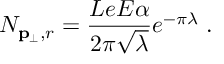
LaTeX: N _ { { \bf p } _ { \perp } , r } = \frac { L e E \alpha } { 2 \pi \sqrt { \lambda } } e ^ { - \pi \lambda } \; .